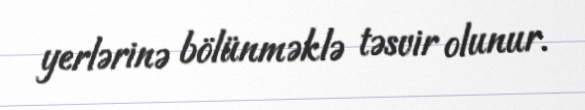
yerlərinə bölünməklə təsvir olunur.